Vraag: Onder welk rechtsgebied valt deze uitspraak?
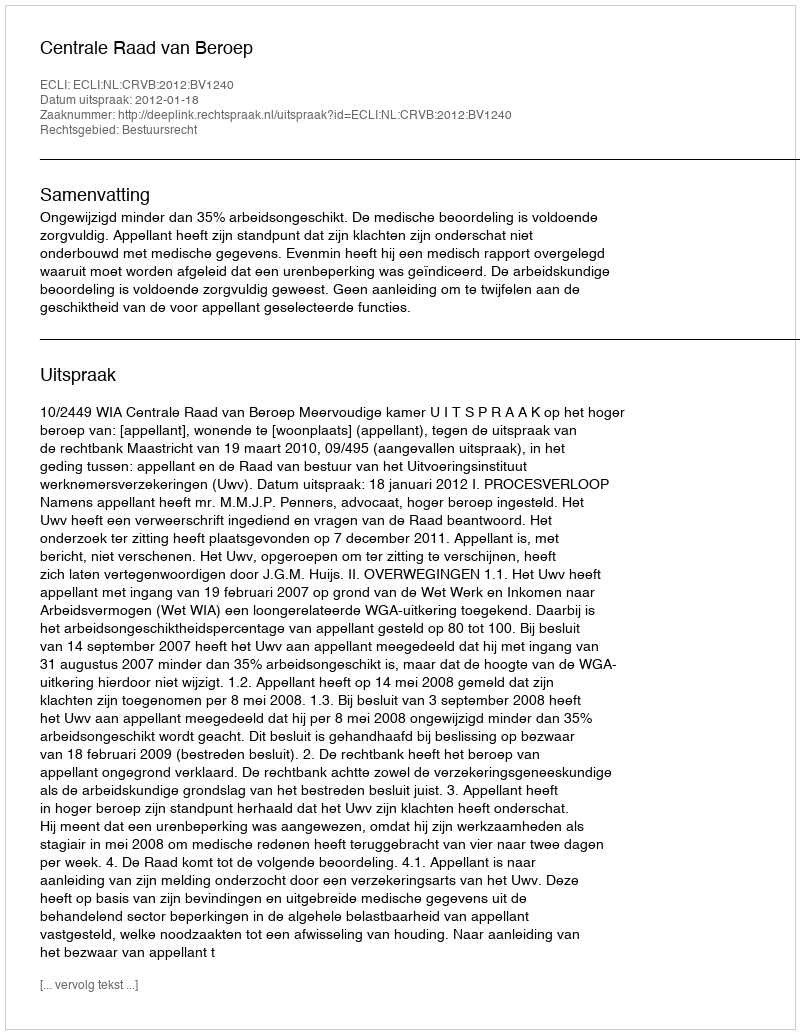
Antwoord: Bestuursrecht